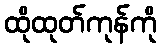
ထိုထုတ်ကုန်ကို